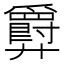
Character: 𫸤